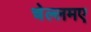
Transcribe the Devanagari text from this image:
चेल्लमए